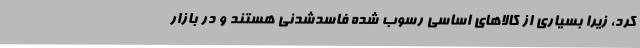
کرد، زیرا بسیاری از کالاهای اساسی رسوب شده فاسدشدنی هستند و در بازار